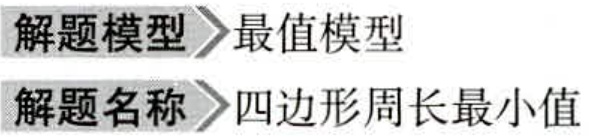
解题模型 \(\to\) 最值模型
解题名称 \(\to\) 四边形周长最小值